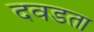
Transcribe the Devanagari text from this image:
दवडता